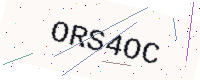
Text: ORS4OC